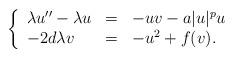
LaTeX: \begin{align*}\left\{ \begin{array}{lllllllll}\lambda u''-\lambda u&=&-uv-a|u|^pu\\-2d\lambda v&=&-u^2+f(v). \end{array}\right.\end{align*}